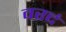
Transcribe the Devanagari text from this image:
वरदं